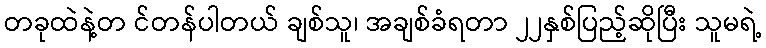
တခုထဲနဲ့တ င်တန်ပါတယ် ချစ်သူ၊ အချစ်ခံရတာ ၂၂နှစ်ပြည့်ဆိုပြီး သူမရဲ့